Loodushoiu_ja_Turismi_Instituut, lk 171
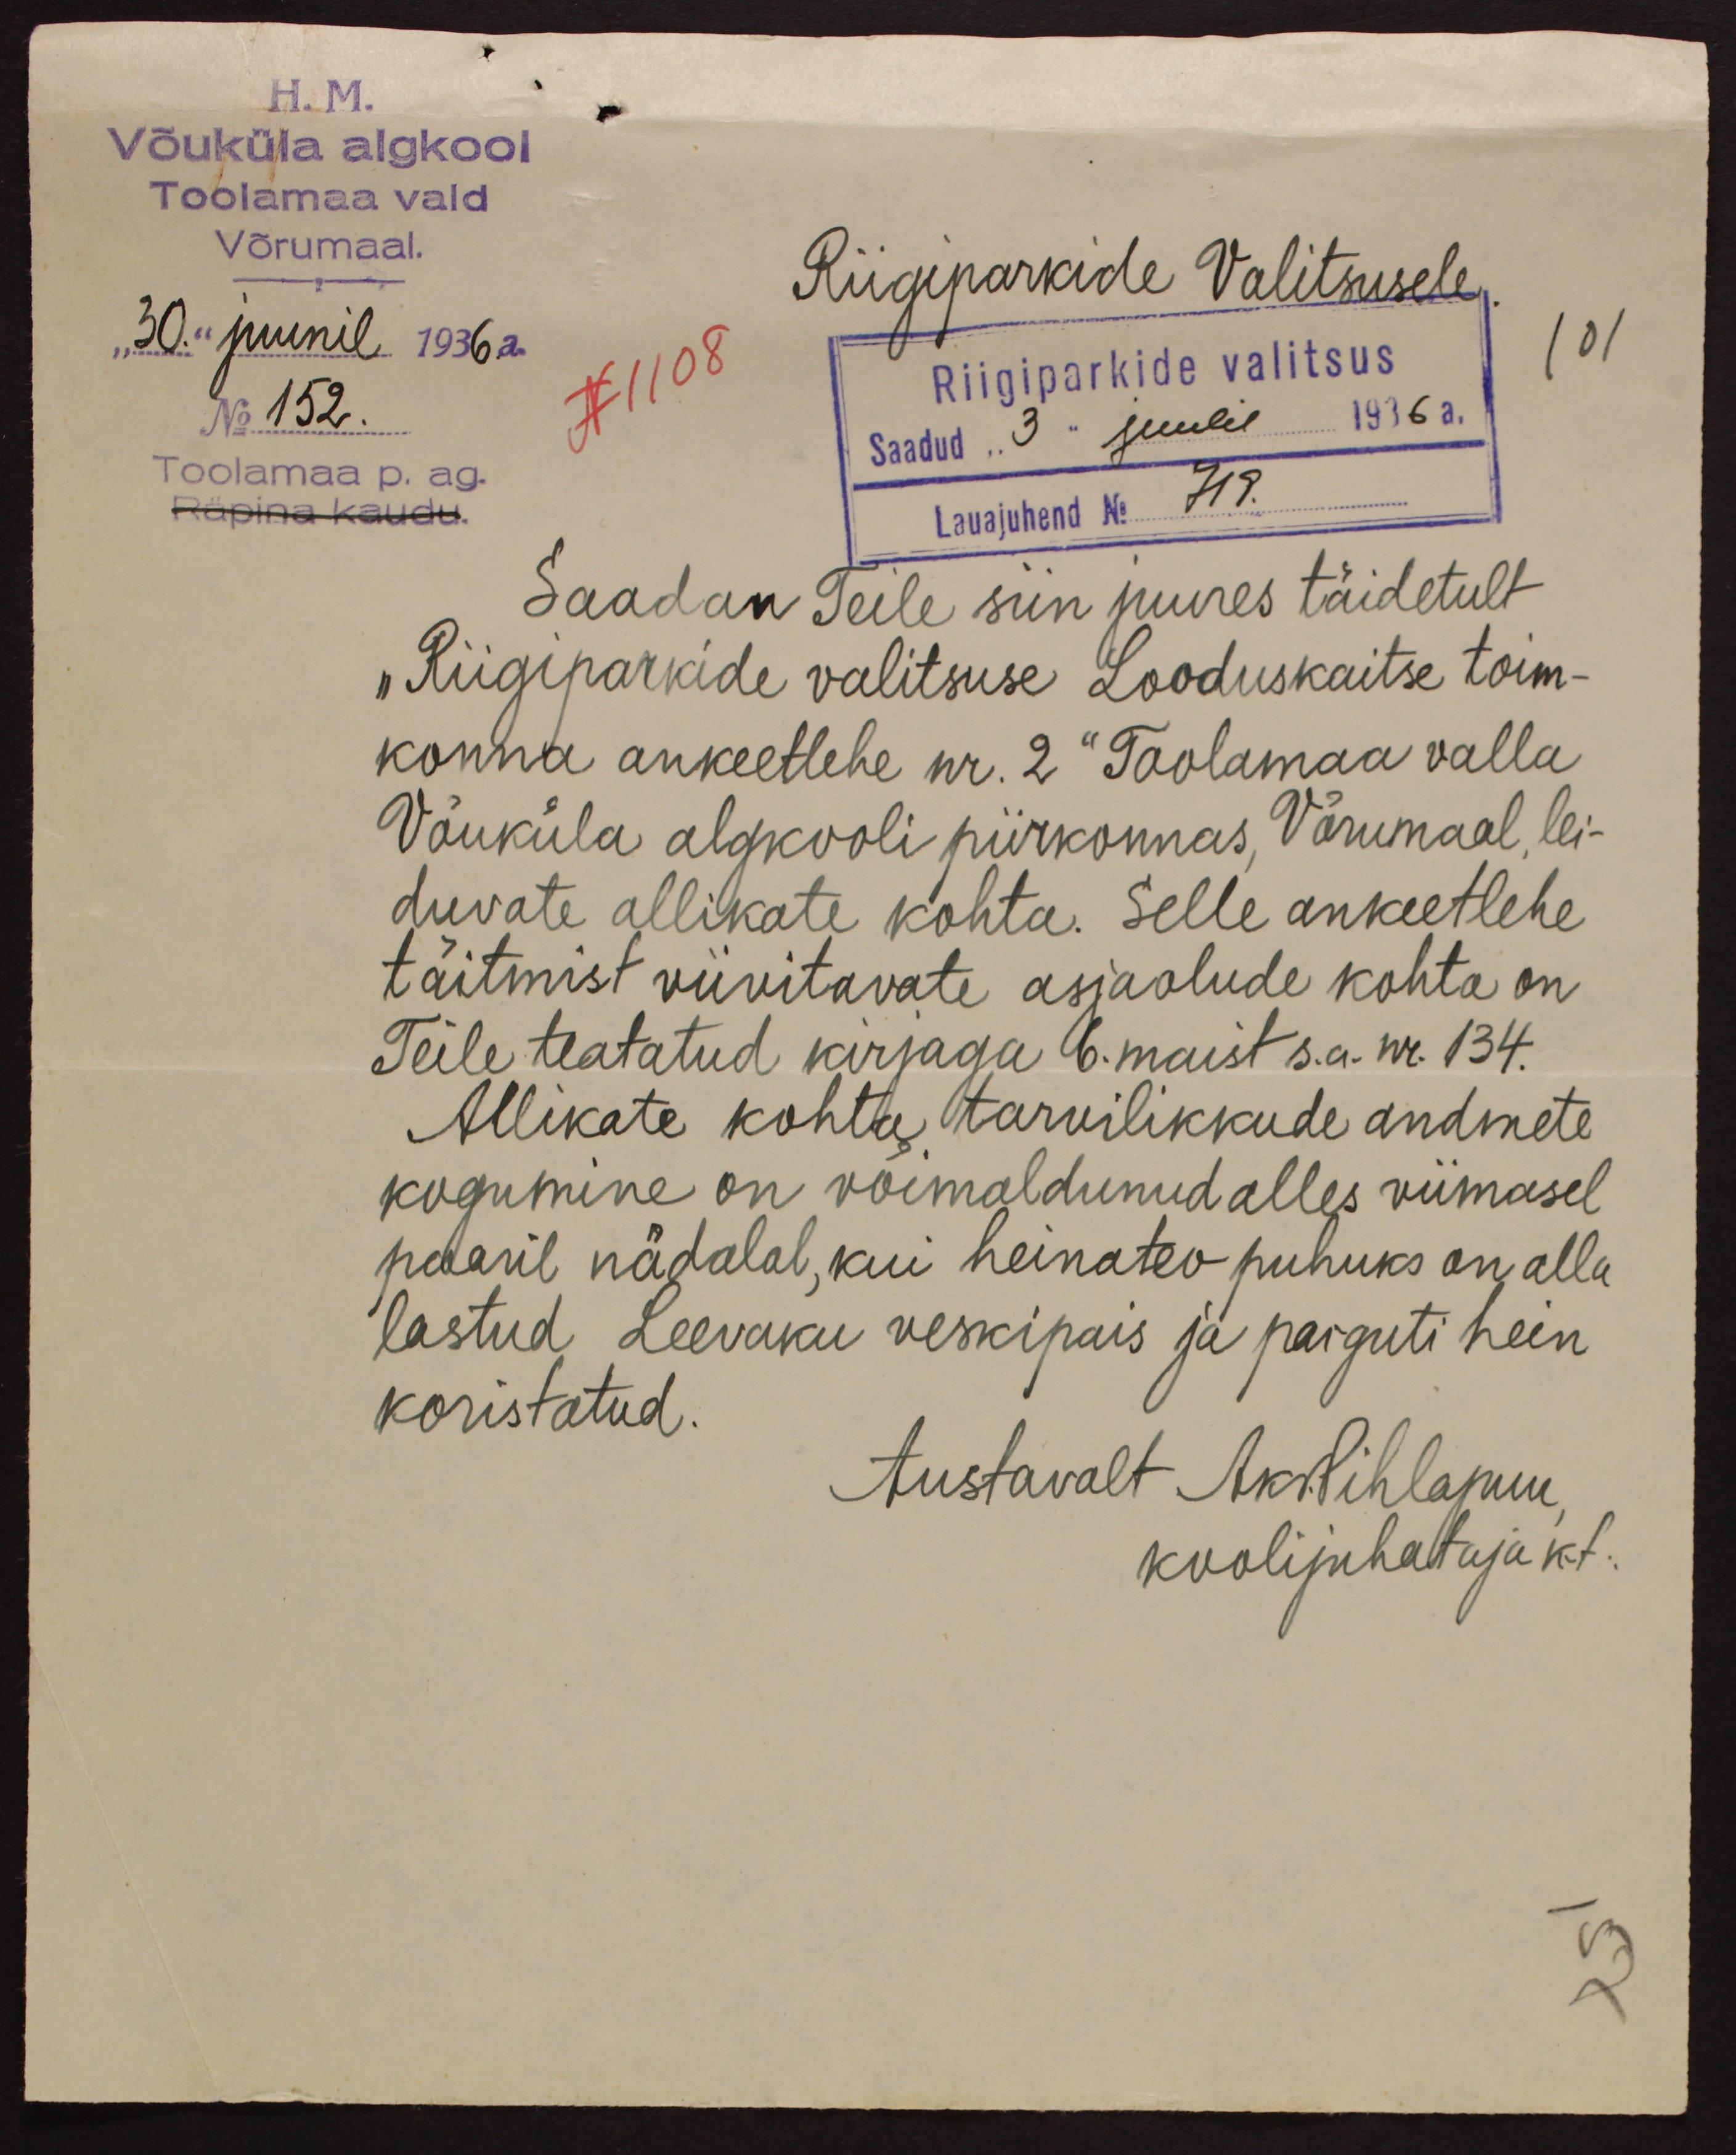
H.M.
Võuküla algkool
Toolamaa vald
Võrumaal.
Riigiparkide Valitsusele,
"30" juunil 1936 a.
101
No 152.
X 1108
Riigiparkide valitsus
Saadud 3" juulil 1936 a.
Toolamaa p. ag
Räpina kaudu.
Lauajuhend No
719
Saadan Teile siin juures täidetult
"Riigiparkide valitsuse Looduskaitse toim-
konna ankeetlehe nr. 2“ Taolamaa valla
Võuküla algkooli piirkonnas, Võrumaal, lei-
duvate allikate kohta. Selle ankeetlehe
täitmist viivitavate asjaolude kohta on
Teile teatatud kirjaga 6. maist s.a. nr. 134.
Allikate kohta tarvilikkude andmete
kogumine on võimaldunud alles viimasel
paaril nädalal, kui heinatev puhuks on alla
lastud Leevaku veskipäes ja parguti hein-
koristatud.
Austavalt Aks.Pihlapuu
koolijuhataja kt.